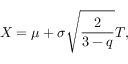
X = \mu + \sigma \sqrt { \frac { 2 } { 3 - q } } T ,